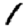
Digit: 1